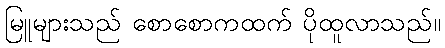
မြူများသည် စောစောကထက် ပိုထူလာသည်။